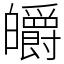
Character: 皭